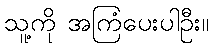
သူ့ကို အကြံပေးပါဦး။